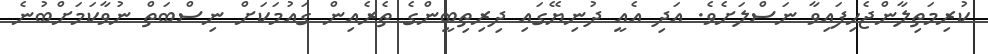
ކުރިމަތިލާންޖެހިފައިވާ ނަސްލަށެވެ. އަދި އެއީ ދުނިޔޭގައި ދިރިތިބީންގެ ތެރެއިން ގައުމަކަށް ނިސްބަތް ނުވާކަމަށްބުނެ